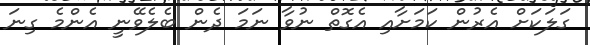
ގަލަކަށް އެރުން ކަމަށާއި އެގޮތް ނުވާ ނަމަ ދެން ބެލެވޭނީ އެންމެ ގިނަ